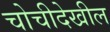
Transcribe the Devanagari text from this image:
चोचीदेखील